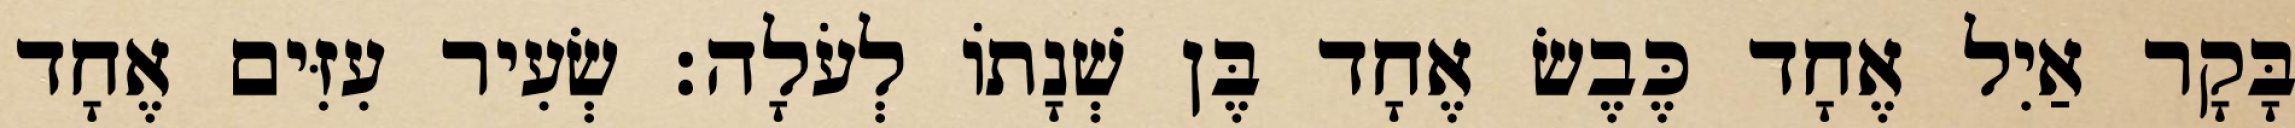
בָּקָר אַיִל אֶחָד כֶּבֶשׂ אֶחָד בֶּן שְׁנָתוֹ לְעֹלָה׃ שְׂעִיר עִזִּים אֶחָד